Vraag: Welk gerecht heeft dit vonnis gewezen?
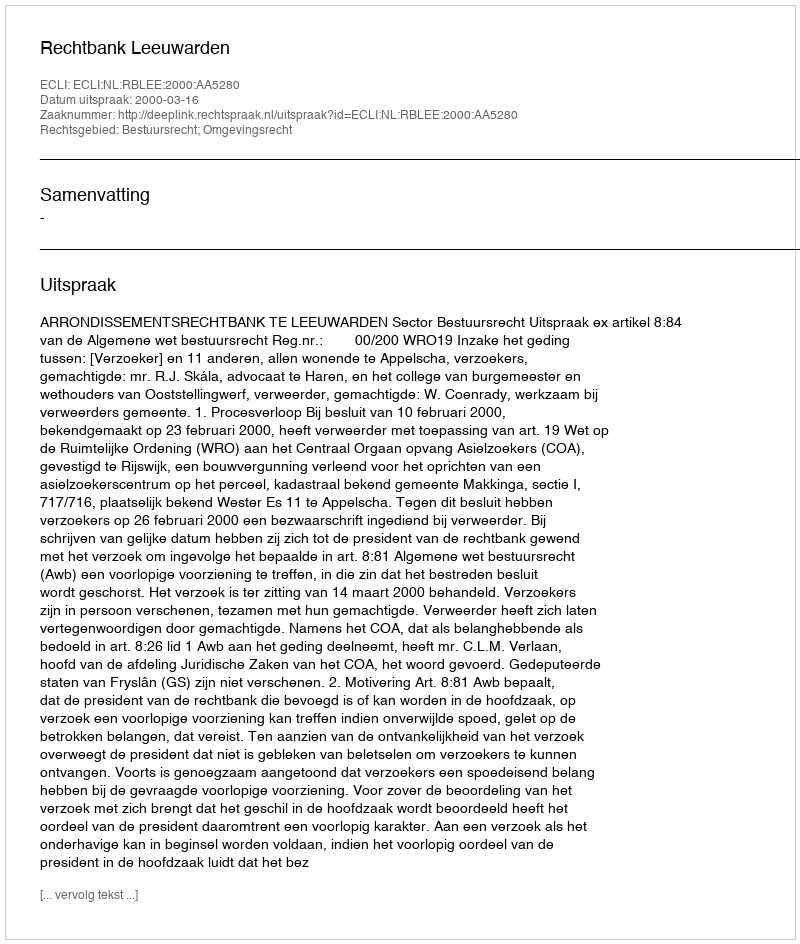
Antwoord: Rechtbank Leeuwarden